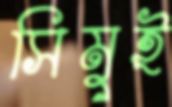
সিমুই